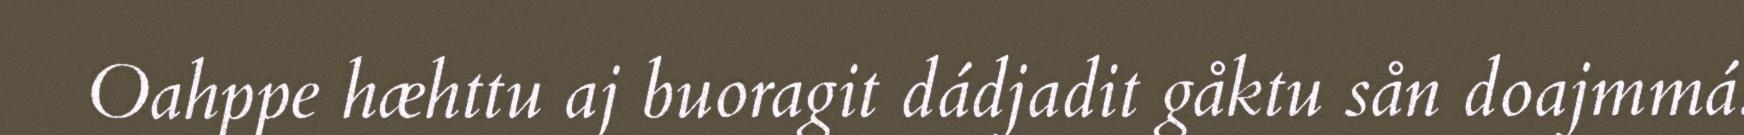
Oahppe hæhttu aj buoragit dádjadit gåktu sån doajmmá.